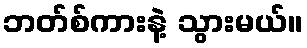
ဘတ်စ်ကားနဲ့ သွားမယ်။